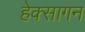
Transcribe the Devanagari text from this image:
हेक्सागन